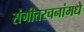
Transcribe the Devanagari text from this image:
संगीतरचनांमधे